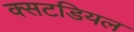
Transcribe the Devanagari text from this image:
क्सटडियल